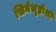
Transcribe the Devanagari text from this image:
सिनेसृष्टीशी